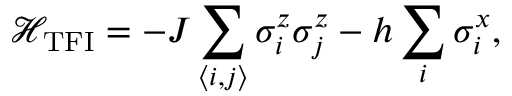
\mathcal { H } _ { \mathrm { T F I } } = - J \sum _ { \langle i , j \rangle } \sigma _ { i } ^ { z } \sigma _ { j } ^ { z } - h \sum _ { i } \sigma _ { i } ^ { x } ,